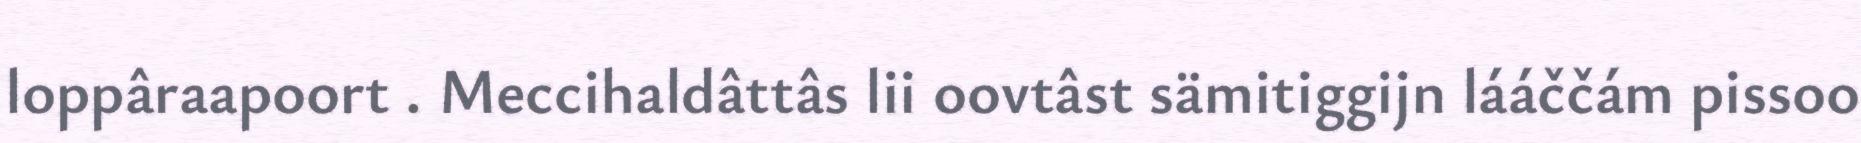
loppâraapoort . Meccihaldâttâs lii oovtâst sämitiggijn lááččám pissoo